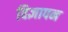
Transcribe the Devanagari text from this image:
विज्ञापन